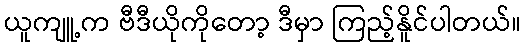
ယူကျူ့က ဗီဒီယိုကိုတော့ ဒီမှာ ကြည့်နိူင်ပါတယ်။